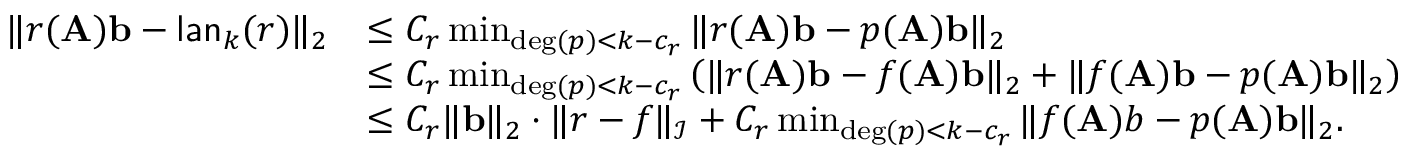
\begin{array} { r l } { \| r ( \mathbf { A } ) \mathbf { b } - \mathsf { l a n } _ { k } ( r ) \| _ { 2 } } & { \leq C _ { r } \operatorname* { m i n } _ { \deg ( p ) < k - c _ { r } } \| r ( \mathbf { A } ) \mathbf { b } - p ( \mathbf { A } ) \mathbf { b } \| _ { 2 } } \\ & { \leq C _ { r } \operatorname* { m i n } _ { \deg ( p ) < k - c _ { r } } \left( \| r ( \mathbf { A } ) \mathbf { b } - f ( \mathbf { A } ) \mathbf { b } \| _ { 2 } + \| f ( \mathbf { A } ) \mathbf { b } - p ( \mathbf { A } ) \mathbf { b } \| _ { 2 } \right) } \\ & { \leq C _ { r } \| \mathbf { b } \| _ { 2 } \cdot \| r - f \| _ { \mathcal I } + C _ { r } \operatorname* { m i n } _ { \deg ( p ) < k - c _ { r } } \| f ( \mathbf { A } ) b - p ( \mathbf { A } ) \mathbf { b } \| _ { 2 } . } \end{array}